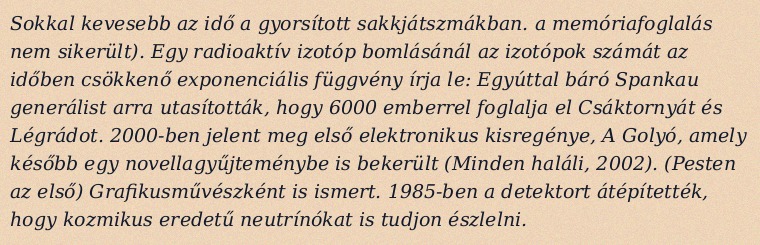
Sokkal kevesebb az idő a gyorsított sakkjátszmákban. a memóriafoglalás nem sikerült). Egy radioaktív izotóp bomlásánál az izotópok számát az időben csökkenő exponenciális függvény írja le: Egyúttal báró Spankau generálist arra utasították, hogy 6000 emberrel foglalja el Csáktornyát és Légrádot. 2000-ben jelent meg első elektronikus kisregénye, A Golyó, amely később egy novellagyűjteménybe is bekerült (Minden haláli, 2002). (Pesten az első) Grafikusművészként is ismert. 1985-ben a detektort átépítették, hogy kozmikus eredetű neutrínókat is tudjon észlelni.